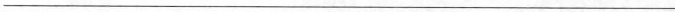
___